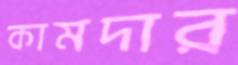
কামদার